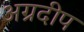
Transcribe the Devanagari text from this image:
अग्रदीप